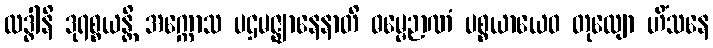
လဒ္ဓါနိ ဒုရစ္စယန္တိ အက္ကောသ ပဌမဇ္ဈာနေနာတိ ဓမ္မေဉာဏံ ပစ္စယာယေဝ တုလျော ဟိံသနေ